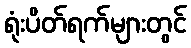
ရုံးပိတ်ရက်များတွင်